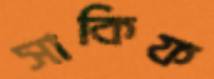
সাকিফ